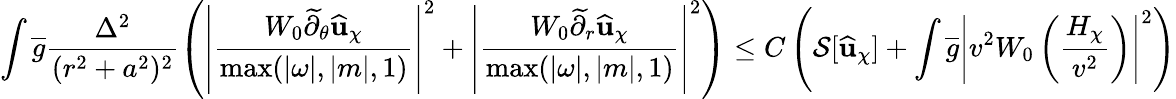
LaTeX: \int\overline{{g}}\frac{\Delta^{2}}{(r^{2}+a^{2})^{2}}\left(\left|\frac{W_{0}\widetilde{\partial}_{\theta}\widehat{\mathbf{u}}_{\chi}}{\operatorname*{max}(|\omega|,|m|,1)}\right|^{2}+\left|\frac{W_{0}\widetilde{\partial}_{r}\widehat{\mathbf{u}}_{\chi}}{\operatorname*{max}(|\omega|,|m|,1)}\right|^{2}\right)\leq C\left(\mathcal{S}[\widehat{\mathbf{u}}_{\chi}]+\int\overline{{g}}\left|v^{2}W_{0}\left(\frac{H_{\chi}}{v^{2}}\right)\right|^{2}\right)